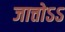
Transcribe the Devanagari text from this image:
जात्तोऽऽ